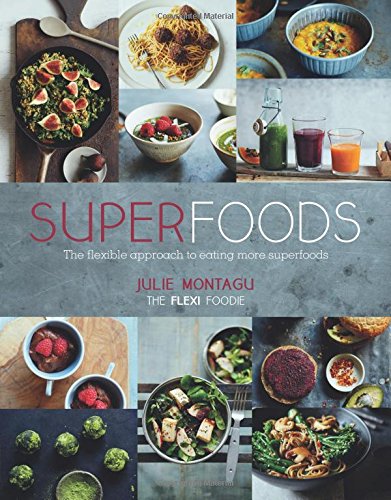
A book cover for Superfoods: The Flexible Approach to Eating More Superfoods; Julie Montagu; Health, Fitness & Dieting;